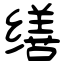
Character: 缮